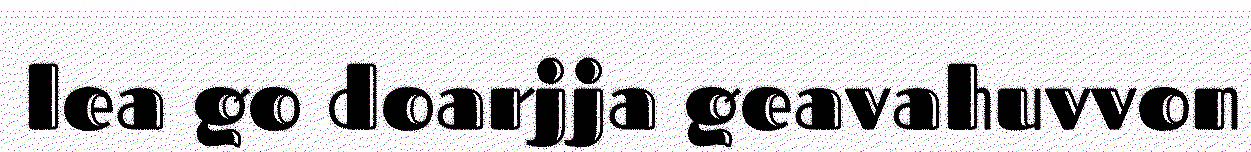
lea go doarjja geavahuvvon